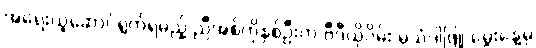
အရေးယူဆောင်ရွက်ရမည့် ညီအစ်ကိုနှစ်ဦးက ဗီဒီယိုဂိမ်း မသံဒါဖြူ မွေးနေ့မှ